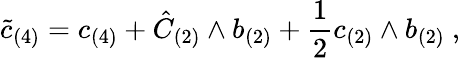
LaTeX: \tilde{c}_{(4)}=c_{(4)}+\hat{C}_{(2)}\wedge b_{(2)}+\frac{1}{2}c_{(2)}\wedge b_{(2)}\ ,